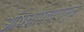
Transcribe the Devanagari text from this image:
ऑषधोपचारामुळे